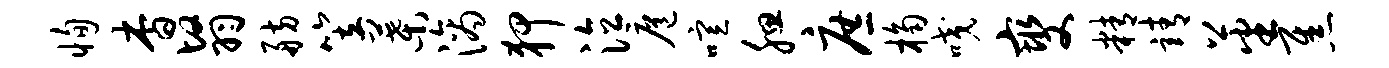
恂杳翳舫笠叶滴狎泣扈喧腮庶桷咬燮精靖蕃焦